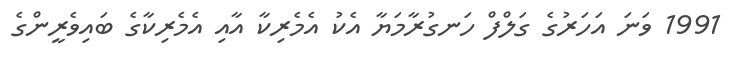
1991 ވަނަ އަހަރުގެ ގަލްފް ހަނގުރާމަޔާ އެކު އެމެރިކާ އާއި އެމެރިކާގެ ބައިވެރީންގެ